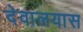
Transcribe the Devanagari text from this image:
देवालयास